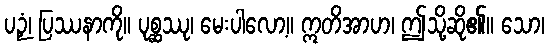
ပဉှံ၊ ပြဿနာကို။ ပုစ္ဆဿု၊ မေးပါလော့။ ဣတိအာဟ၊ ဤသို့ဆို၏။ သော၊